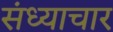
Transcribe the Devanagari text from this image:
संध्याचार